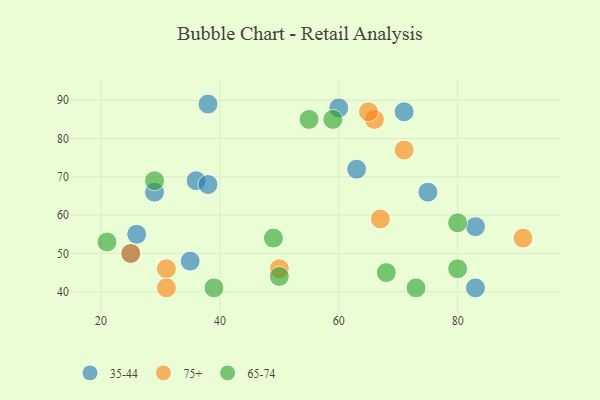
{"axis": {"x": "GDP", "y": "Life Expectancy"}, "legend": ["35-44", "65-74", "75+"], "data": [{"x": "83", "y": 57, "type": "35-44"}, {"x": "63", "y": 72, "type": "35-44"}, {"x": "36", "y": 69, "type": "35-44"}, {"x": "26", "y": 55, "type": "35-44"}, {"x": "38", "y": 68, "type": "35-44"}, {"x": "38", "y": 89, "type": "35-44"}, {"x": "25", "y": 50, "type": "35-44"}, {"x": "83", "y": 41, "type": "35-44"}, {"x": "71", "y": 87, "type": "35-44"}, {"x": "35", "y": 48, "type": "35-44"}, {"x": "60", "y": 88, "type": "35-44"}, {"x": "29", "y": 66, "type": "35-44"}, {"x": "75", "y": 66, "type": "35-44"}, {"x": "31", "y": 46, "type": "75+"}, {"x": "67", "y": 59, "type": "75+"}, {"x": "25", "y": 50, "type": "75+"}, {"x": "31", "y": 41, "type": "75+"}, {"x": "91", "y": 54, "type": "75+"}, {"x": "71", "y": 77, "type": "75+"}, {"x": "66", "y": 85, "type": "75+"}, {"x": "50", "y": 46, "type": "75+"}, {"x": "65", "y": 87, "type": "75+"}, {"x": "55", "y": 85, "type": "65-74"}, {"x": "68", "y": 45, "type": "65-74"}, {"x": "73", "y": 41, "type": "65-74"}, {"x": "21", "y": 53, "type": "65-74"}, {"x": "39", "y": 41, "type": "65-74"}, {"x": "80", "y": 46, "type": "65-74"}, {"x": "50", "y": 44, "type": "65-74"}, {"x": "80", "y": 58, "type": "65-74"}, {"x": "29", "y": 69, "type": "65-74"}, {"x": "59", "y": 85, "type": "65-74"}, {"x": "49", "y": 54, "type": "65-74"}]}